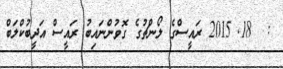
:  18